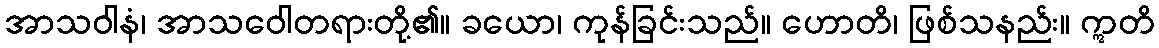
အာသဝါနံ၊ အာသဝေါတရားတို့၏။ ခယော၊ ကုန်ခြင်းသည်။ ဟောတိ၊ ဖြစ်သနည်း။ ဣတိ